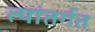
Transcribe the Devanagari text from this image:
त्यांतर्गत